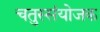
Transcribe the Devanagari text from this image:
चतुस्संयोजक